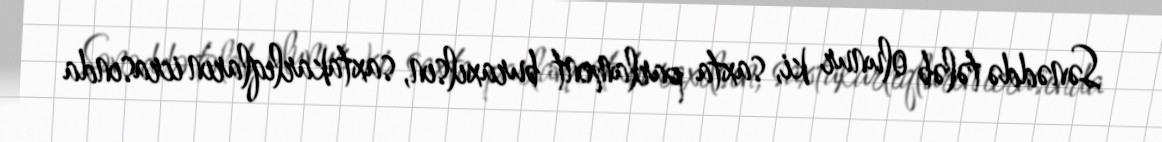
Sənəddə tələb olunur ki, saxta parlament buraxılsın, saxtakarlıqların icrasında